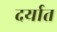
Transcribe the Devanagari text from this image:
दर्यात